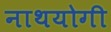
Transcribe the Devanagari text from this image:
नाथयोगी